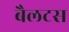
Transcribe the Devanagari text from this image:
बैलटस